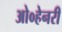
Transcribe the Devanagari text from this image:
ओ०हेनरी